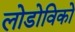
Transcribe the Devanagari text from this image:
लोडोविको